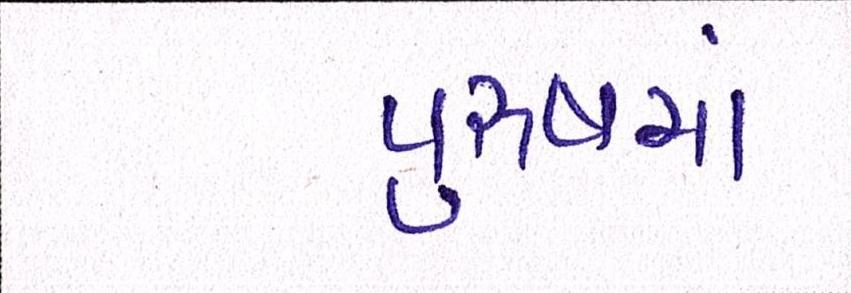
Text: પુરુષમાં